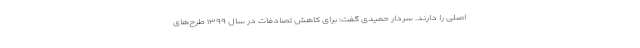
اصلی را دارند. سردار حمیدی گفت: برای کاهش تصادفات در سال ۱۳۹۹ طرح‌های